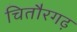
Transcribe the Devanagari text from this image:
चितौरगढ़